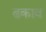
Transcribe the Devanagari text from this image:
ढकाव